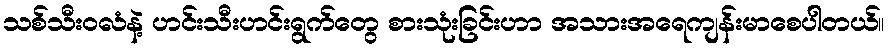
သစ်သီးဝလံနဲ့ ဟင်းသီးဟင်းရွက်တွေ စားသုံးခြင်းဟာ အသားအရေကျန်းမာစေပါတယ်။